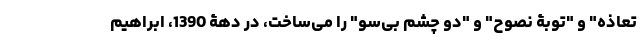
تعاذه" و "توبۀ نصوح" و "دو چشم بی‌سو" را می‌ساخت، در دهۀ 1390، ابراهیم